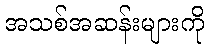
အသစ်အဆန်းများကို